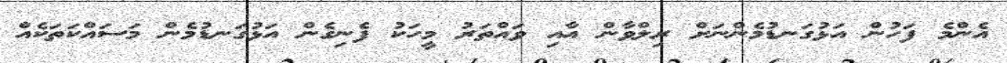
އެންމެ ފަހުން އަޅުގަނޑުމެންނަށް ރިލްވާން އާއި ވައްތަރު މީހަކު ފެނިގެން އަޅުގަނޑުމެން މަސައްކަތަކެއް